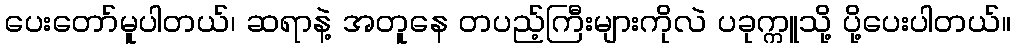
ပေးတော်မူပါတယ်၊ ဆရာနဲ့ အတူနေ တပည့်ကြီးများကိုလဲ ပခုက္ကူသို့ ပို့ပေးပါတယ်။